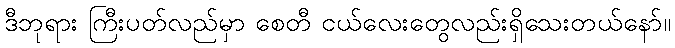
ဒီဘုရား ကြီးပတ်လည်မှာ စေတီ ငယ်လေးတွေလည်းရှိသေးတယ်နော်။